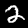
Label: 2